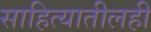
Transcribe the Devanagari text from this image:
साहित्यातीलही